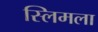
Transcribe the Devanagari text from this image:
स्लिमला